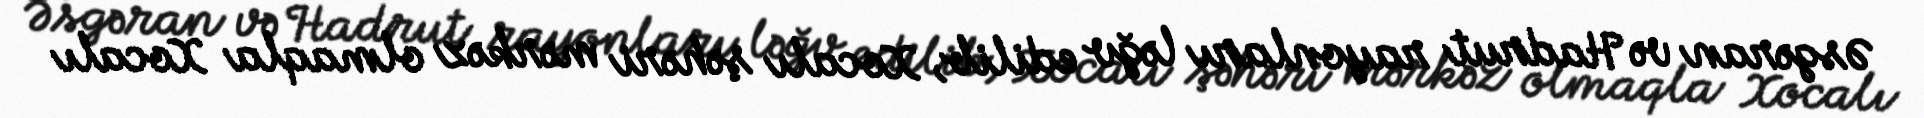
Əsgəran və Hadrut rayonları ləğv edilib, Xocalı şəhəri mərkəz olmaqla Xocalı